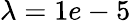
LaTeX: \lambda=1e-5